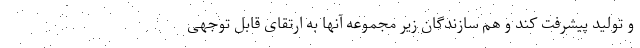
و تولید پیشرفت کند و هم سازندگان زیر مجموعه آنها به ارتقای قابل توجهی